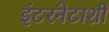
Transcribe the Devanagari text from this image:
इंटरनेटाशी